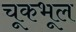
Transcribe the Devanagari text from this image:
चूकभूल